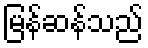
မြန်ဆန်သည်